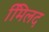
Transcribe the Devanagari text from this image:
मििलद